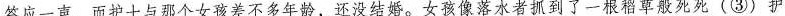
答应一声，而护士与那个女孩差不多年龄，还没结婚。女孩像落水者抓到了一根稻草般死死(③)护